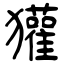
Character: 獾